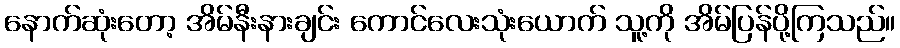
နောက်ဆုံးတော့ အိမ်နီးနားချင်း ကောင်လေးသုံးယောက် သူ့ကို အိမ်ပြန်ပို့ကြသည်။